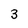
Character: 3